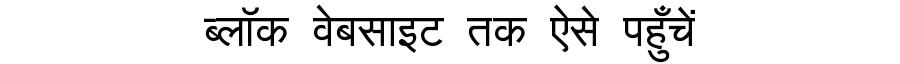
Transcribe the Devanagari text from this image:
ब्लॉक वेबसाइट तक ऐसे पहुँचें